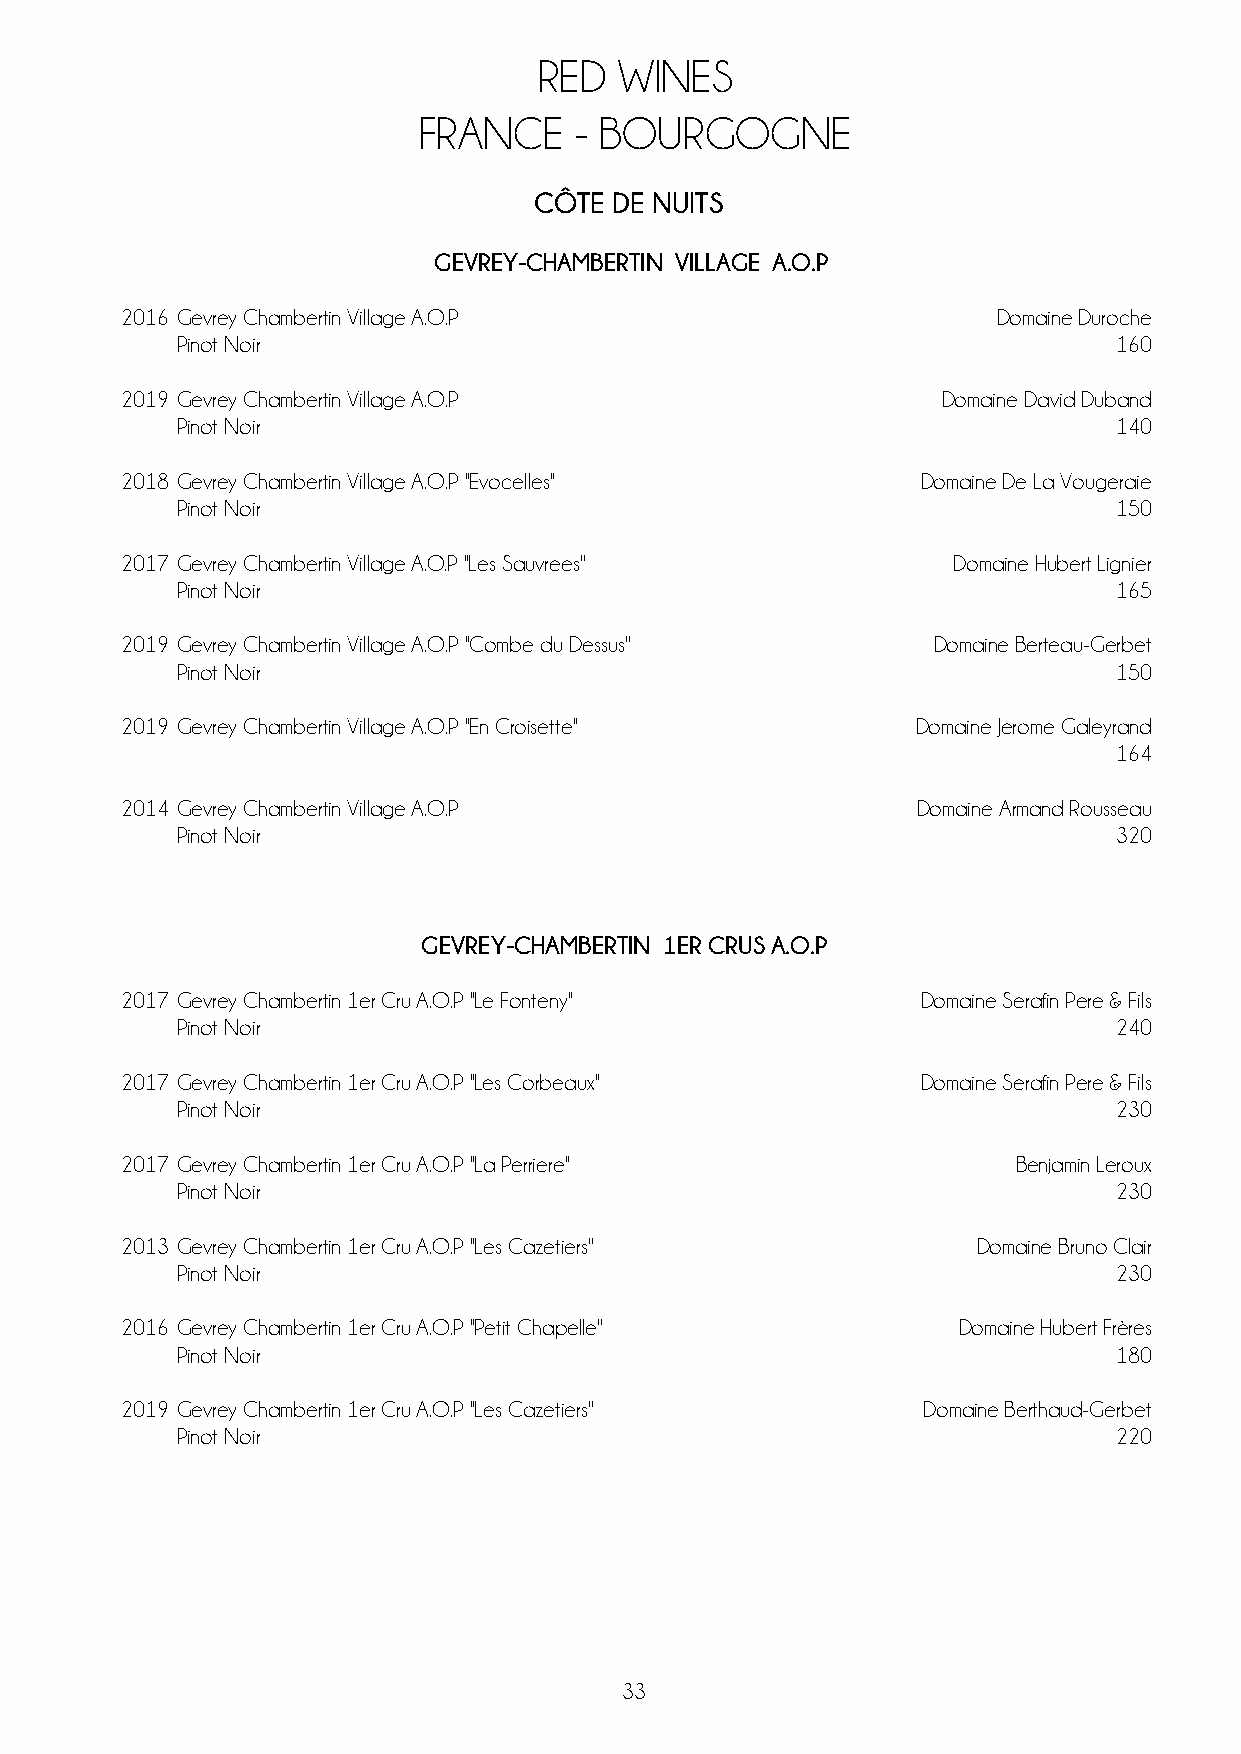
RED  WINES
 FRANCE    - BOURGOGNE
 CÔTE DE NUITS
 GEVREY-CHAMBERTIN VILLAGE A.O.P
 2016 Gevrey Chambertin Village A.O.P                      Domaine Duroche
 Pinot Noir                                                    160
 2019 Gevrey Chambertin Village A.O.P                  Domaine David Duband
 Pinot Noir                                                    140
 2018 Gevrey Chambertin Village A.O.P ''Evocelles''   Domaine De La Vougeraie
 Pinot Noir                                                    150
 2017 Gevrey Chambertin Village A.O.P ''Les Sauvrees''  Domaine Hubert Lignier
 Pinot Noir                                                    165
 2019 Gevrey Chambertin Village A.O.P ''Combe du Dessus'' Domaine Berteau-Gerbet
 Pinot Noir                                                    150
 2019 Gevrey Chambertin Village A.O.P ''En Croisette'' Domaine Jerome Galeyrand
 164
 2014 Gevrey Chambertin Village A.O.P                 Domaine Armand Rousseau
 Pinot Noir                                                    320
 GEVREY-CHAMBERTIN 1ER CRUS A.O.P
 2017 Gevrey Chambertin 1er Cru A.O.P ''Le Fonteny''  Domaine Serafin Pere & Fils
 Pinot Noir                                                    240
 2017 Gevrey Chambertin 1er Cru A.O.P ''Les Corbeaux'' Domaine Serafin Pere & Fils
 Pinot Noir                                                    230
 2017 Gevrey Chambertin 1er Cru A.O.P ''La Perriere''       Benjamin Leroux
 Pinot Noir                                                    230
 2013 Gevrey Chambertin 1er Cru A.O.P ''Les Cazetiers''   Domaine Bruno Clair
 Pinot Noir                                                    230
 2016 Gevrey Chambertin 1er Cru A.O.P ''Petit Chapelle'' Domaine Hubert Frères
 Pinot Noir                                                    180
 2019 Gevrey Chambertin 1er Cru A.O.P ''Les Cazetiers'' Domaine Berthaud-Gerbet
 Pinot Noir                                                    220
 33